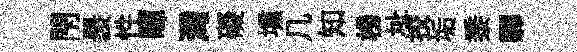
閇褁性暉灣礙壎几知榜址挍垢黍驆